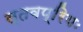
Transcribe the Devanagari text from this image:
स्तवप्रियः